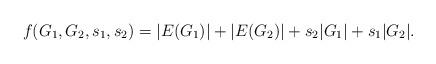
LaTeX: \begin{align*}f(G_{1}, G_{2}, s_{1}, s_{2}) = |E(G_{1})| + |E(G_{2})| + s_{2}|G_{1}| + s_{1}|G_{2}|. \end{align*}